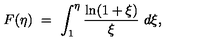
F ( \eta ) \ = \ \int _ { 1 } ^ { \eta } \frac { \ln ( 1 + \xi ) } \xi \ d \xi ,